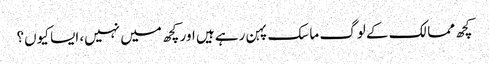
کچھ ممالک کے لوگ ماسک پہن رہے ہیں اور کچھ میں نہیں، ایسا کیوں؟